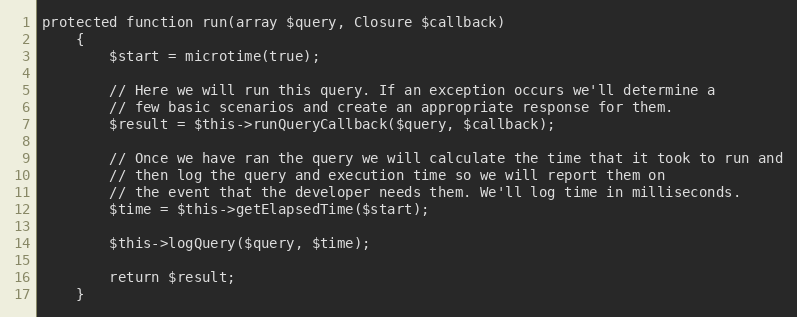
Language: PHP
protected function run(array $query, Closure $callback)
    {
        $start = microtime(true);

        // Here we will run this query. If an exception occurs we'll determine a
        // few basic scenarios and create an appropriate response for them.
        $result = $this->runQueryCallback($query, $callback);

        // Once we have ran the query we will calculate the time that it took to run and
        // then log the query and execution time so we will report them on
        // the event that the developer needs them. We'll log time in milliseconds.
        $time = $this->getElapsedTime($start);

        $this->logQuery($query, $time);

        return $result;
    }